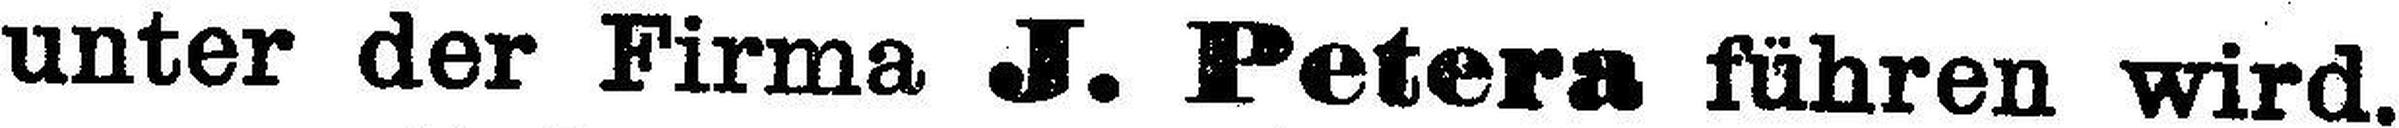
unter der Firma J. Petera führen wird.